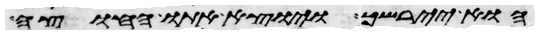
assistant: הוא יירשך ויוצא אתו החוצה